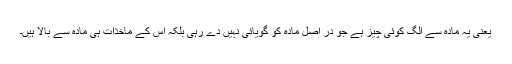
یعنی یہ مادہ سے الگ کوئی چیز ہے جو در اصل مادہ کو گویائی نہیں دے رہی بلکہ اس کے ماخذات ہی مادہ سے بالا ہیں۔